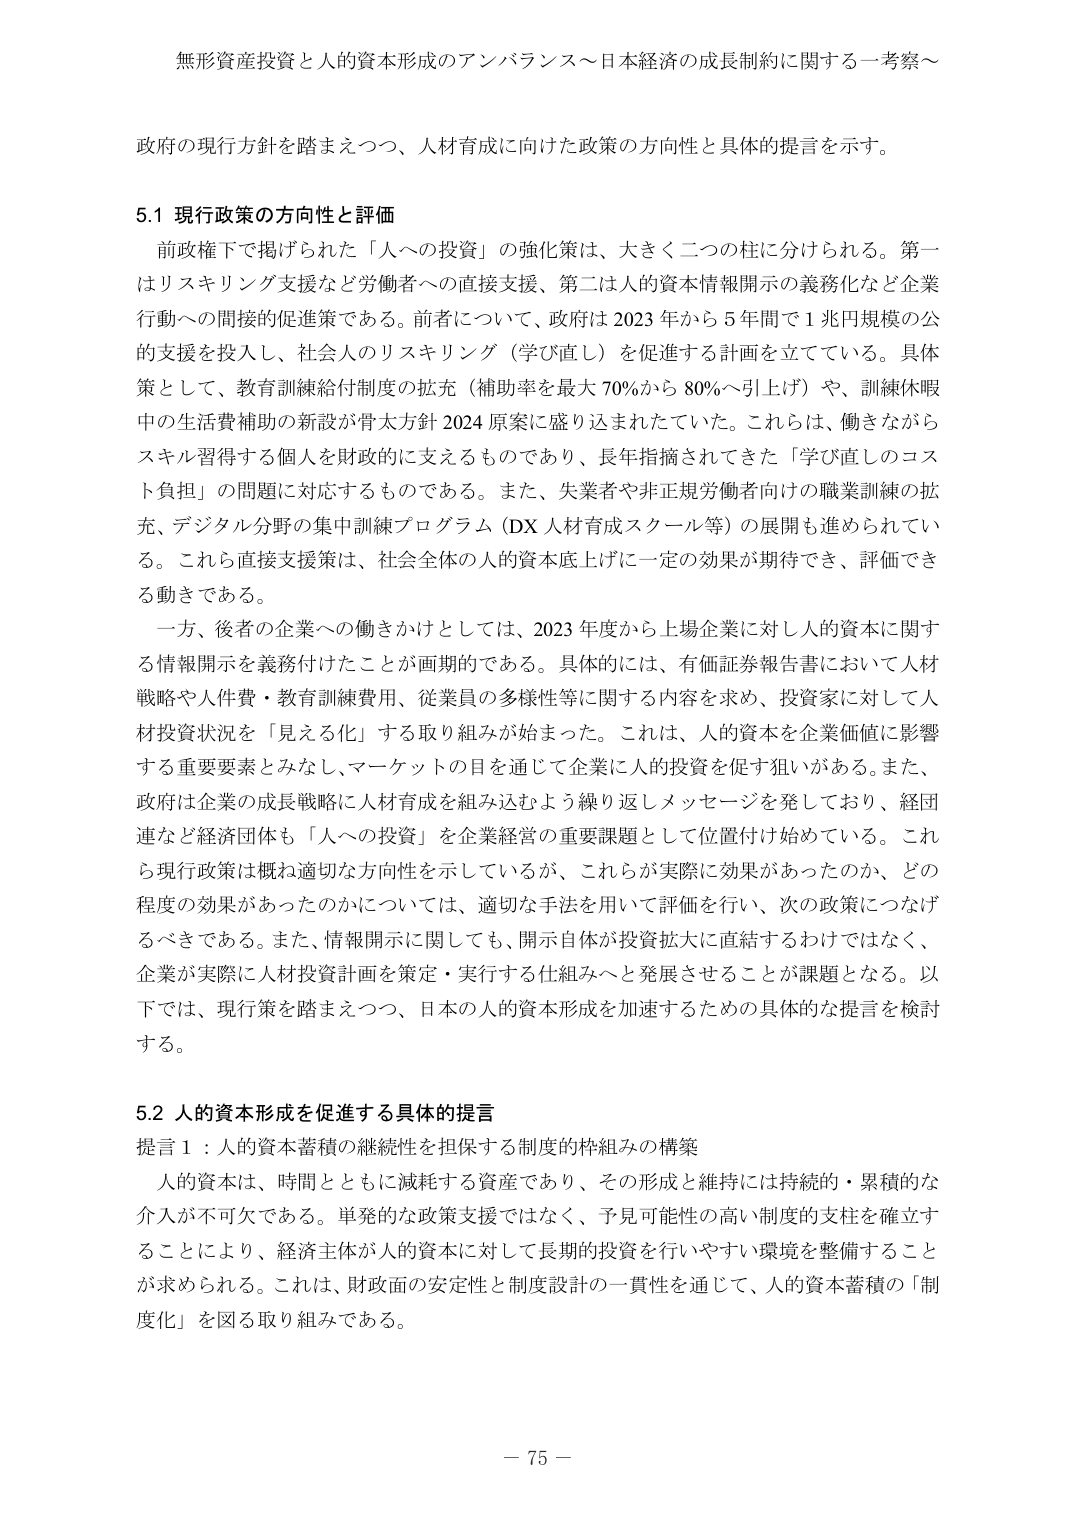
無形資産投資と人的資本形成のアンバランス～日本経済の成長制約に関する一考察～

政府の現行方針を踏まえつつ、人材育成に向けた政策の方向性と具体的提言を示す。

5.1 現行政策の方向性と評価

前政権下で掲げられた「人への投資」の強化策は、大きく二つの柱に分けられる。第一はリスキリング支援など労働者への直接支援、第二は人的資本情報開示の義務化など企業行動への間接的促進策である。前者について、政府は2023年から5年間で1兆円規模の公的支援を投入し、社会人のリスキリング（学び直し）を促進する計画を立てている。具体策として、教育訓練給付制度の拡充（補助率を最大70％から80％へ引上げ）や、訓練休暇中の生活費補助の新設が骨太方針2024原案に盛り込まれていた。これは、働きながらスキル習得する個人を財政的に支えるものであり、長年指摘されてきた「学び直しのコスト負担」の問題に対応するものである。また、失業者や非正規労働者向けの職業訓練の拡充、デジタル分野の集中訓練プログラム（DX人材育成スクール等）の展開も進められている。これら直接支援策は、社会全体の人的資本底上げに一定の効果が期待でき、評価できる動きである。

一方、後者の企業への働きかけとしては、2023年度から上場企業に対し人的資本に関する情報開示を義務付けたことが画期的である。具体的には、有価証券報告書において人材戦略や人件費・教育訓練費用、従業員の多様性等に関する内容を求め、投資家に対して人材投資状況を「見える化」する取り組みが始まった。これは、人的資本を企業価値に影響する重要要素とみなし、マーケットの目を通じて企業に人的投資を促す狙いがある。また、政府は企業の成長戦略に人材育成を組み込むよう繰り返しメッセージを発しており、経団連など経済団体も「人への投資」を企業経営の重要課題として位置付け始めている。これら現行政策は概ね適切な方向性を示しているが、これらが実際に効果があったのか、どの程度の効果があったのかについては、適切な手法を用いて評価を行い、次の政策につなげるべきである。また、情報開示に関しても、開示自体が投資拡大に直結するわけではなく、企業が実際に人材投資計画を策定・実行する仕組みへと発展させることが課題となる。以下では、現行策を踏まえつつ、日本の人的資本形成を加速するための具体的な提言を検討する。

5.2 人的資本形成を促進する具体的提言

提言1：人的資本蓄積の継続性を担保する制度的枠組みの構築

人的資本は、時間とともに減耗する資産であり、その形成と維持には持続的・累積的な介入が不可欠である。単発的な政策支援ではなく、予見可能性の高い制度的支柱を確立することにより、経済主体が人的資本に対して長期的投資を行いやすい環境を整備することが求められる。これは、財政面の安定性と制度設計の一貫性を通じて、人的資本蓄積の「制度化」を図る取り組みである。

－ 75 －